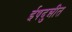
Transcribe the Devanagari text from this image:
ईषदुन्नीत